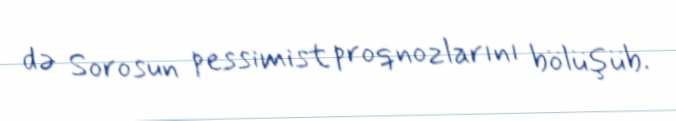
də Sorosun pessimist proqnozlarını bölüşüb.